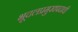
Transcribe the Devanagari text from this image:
भूदलप्रमुखपदाची